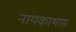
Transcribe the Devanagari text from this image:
नायकाभास